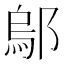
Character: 鄔